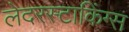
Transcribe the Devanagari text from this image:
लेदरस्टाकिंग्स